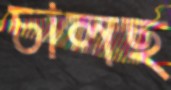
চালছ